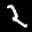
Label: 2